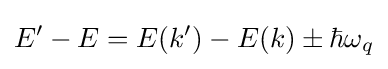
E'-E=E(k')-E(k)\pm \hbar \omega _{q}